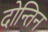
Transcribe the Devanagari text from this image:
दोन्तिन